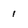
Character: 1